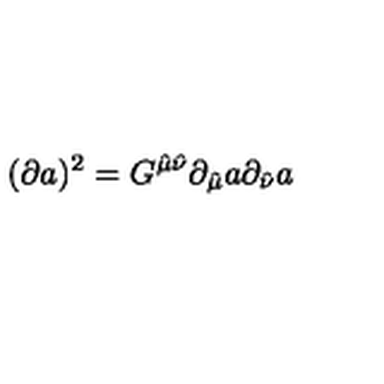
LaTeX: ( \partial a ) ^ { 2 } = G ^ { \hat { \mu } \hat { \nu } } \partial _ { \hat { \mu } } a \partial _ { \hat { \nu } } a